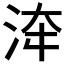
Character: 𣴰